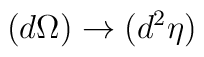
(d\Omega) \rightarrow (d^2\eta)